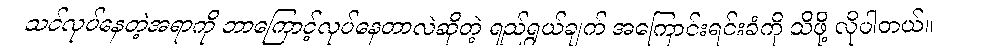
သင်လုပ်နေတဲ့အရာကို ဘာကြောင့်လုပ်နေတာလဲဆိုတဲ့ ရည်ရွယ်ချက် အကြောင်းရင်းခံကို သိဖို့ လိုပါတယ်။